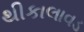
થીકાલાવડ